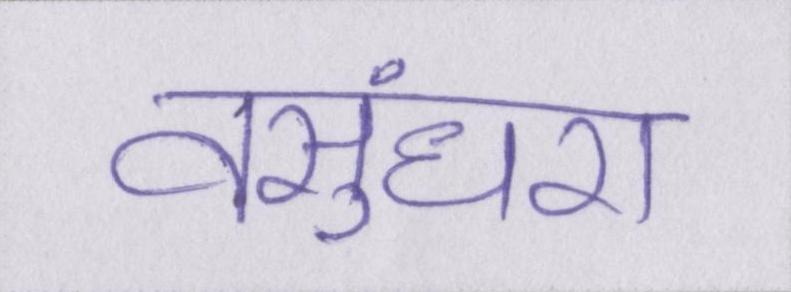
वसुंधरा